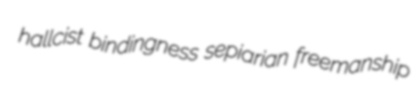
hallcist bindingness sepiarian freemanship